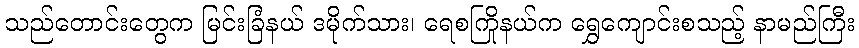
သည်တောင်းတွေက မြင်းခြံနယ် ဒမိုက်သား၊ ရေစကြိုနယ်က ရွှေကျောင်းစသည့် နာမည်ကြီး